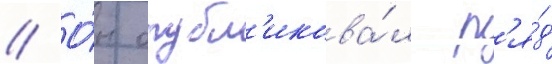
// О́н опубл'икова́л р'я́д